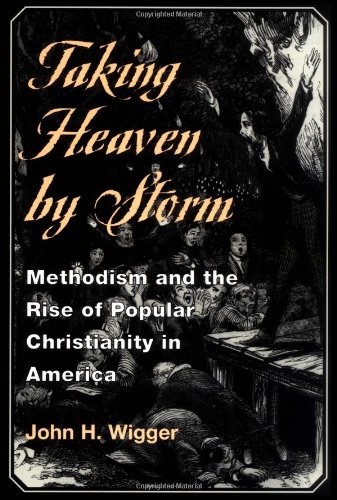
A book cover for Taking Heaven by Storm: Methodism and the Rise of Popular Christianity in America; John H. Wigger; Christian Books & Bibles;